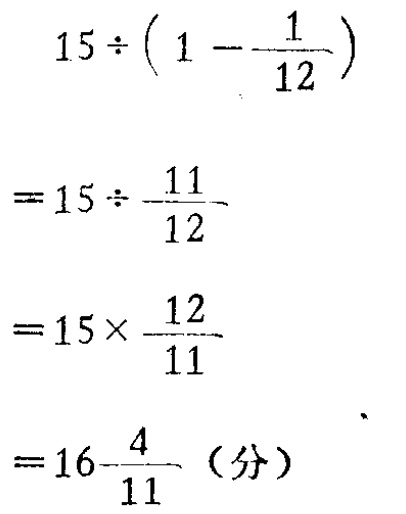
\[
\begin{align*}
&15\div\left(1 - \frac{1}{12}\right)\\
=&15\div\frac{11}{12}\\
=&15\times\frac{12}{11}\\
=&16\frac{4}{11}（分）
\end{align*}
\]